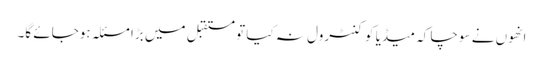
انھوں نے سوچا کہ میڈیا کو کنٹرول نہ کیا تو مستقبل میں بڑا مسئلہ ہوجائے گا۔